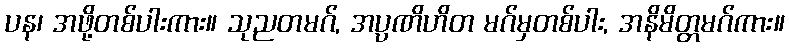
ပန၊ အဖို့တစ်ပါးကား။ သုညတမဂ်, အပ္ပဏိဟိတ မဂ်မှတစ်ပါး, အနိမိတ္တမဂ်ကား။